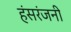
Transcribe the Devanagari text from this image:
हंसरंजनी